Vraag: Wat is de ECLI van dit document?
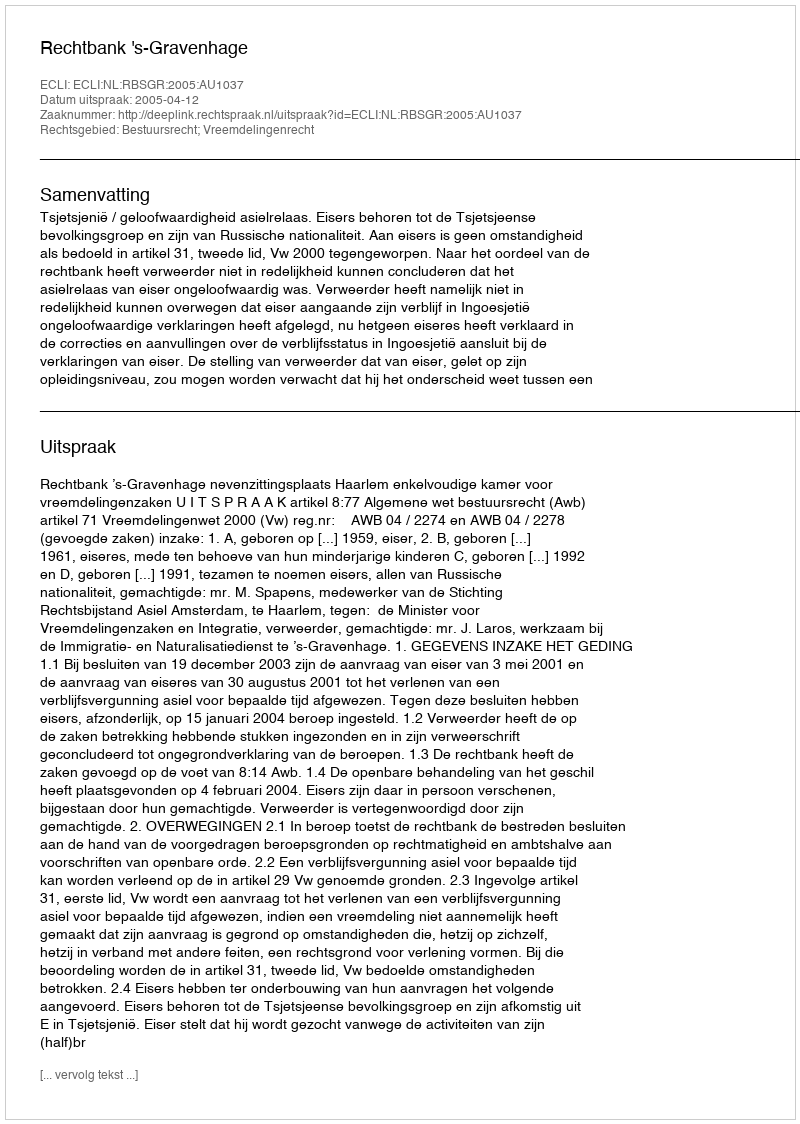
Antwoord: ECLI:NL:RBSGR:2005:AU1037